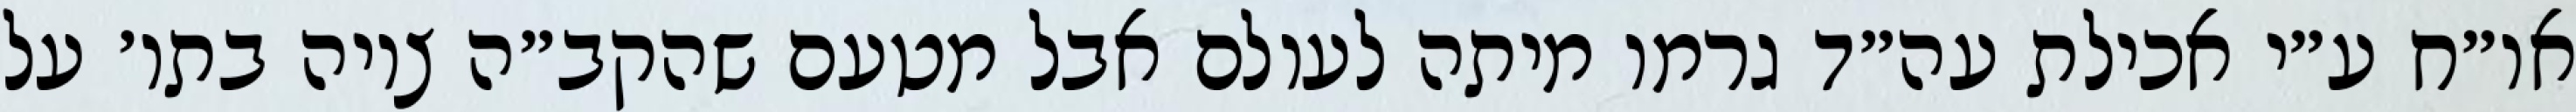
או״ח ע״י אכילת עה״ד גרמו מיתה לעולם אבל מטעם שהקב״ה ציוה בתו׳ על